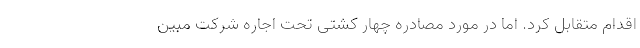
اقدام متقابل کرد. اما در مورد مصادره چهار کشتی تحت اجاره شرکت مبین